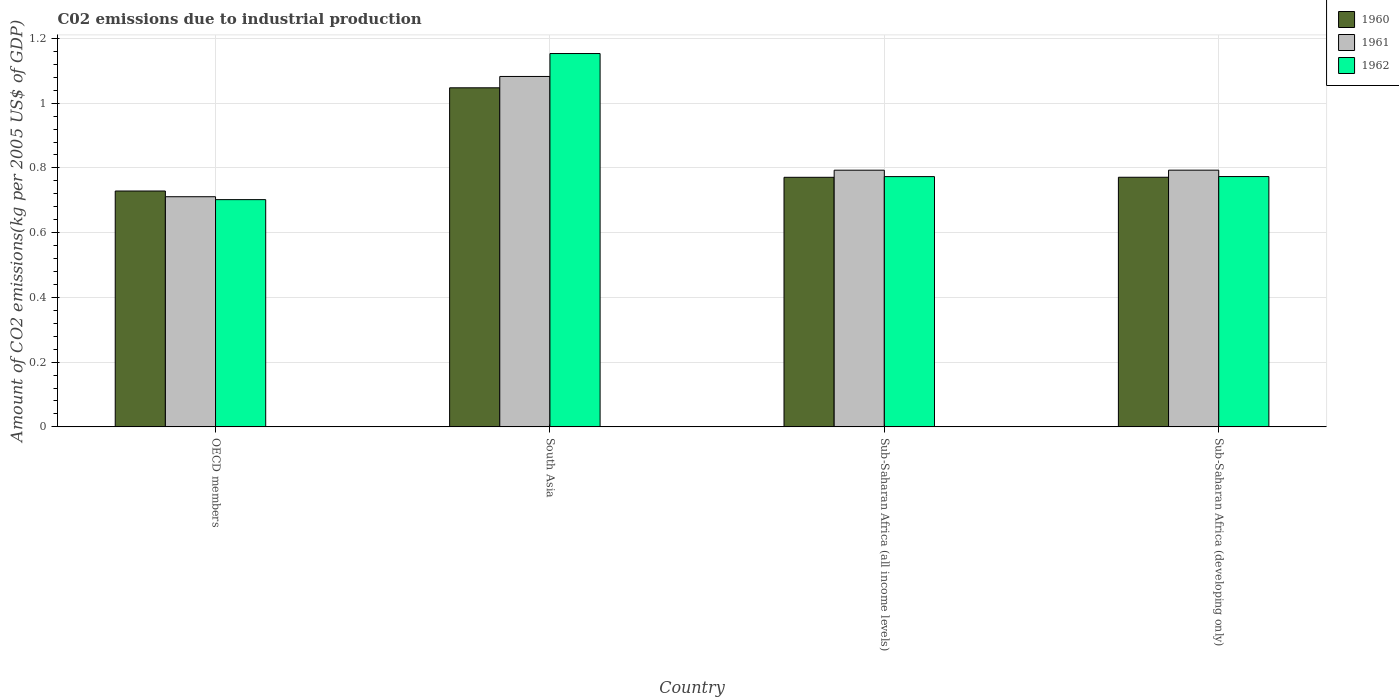
| Country | 1960 | 1961 | 1962 |
 | --- | --- | --- | --- |
 | OECD members | 0.729 | 0.711 | 0.702 |
 | South Asia | 1.05 | 1.08 | 1.15 |
 | Sub-Saharan Africa (all income levels) | 0.771 | 0.793 | 0.773 |
 | Sub-Saharan Africa (developing only) | 0.771 | 0.793 | 0.773 |